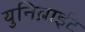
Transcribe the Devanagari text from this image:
युनिब्राईट